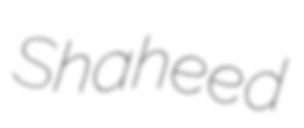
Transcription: Shaheed